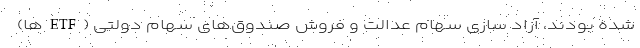
شده بودند، آزاد سازی سهام عدالت و فروش صندوق‌های سهام دولتی (ETF‌ها)